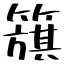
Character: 簱